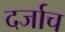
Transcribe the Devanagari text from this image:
दर्जाच